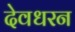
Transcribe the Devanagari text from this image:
देवधरन